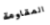
المقاومة